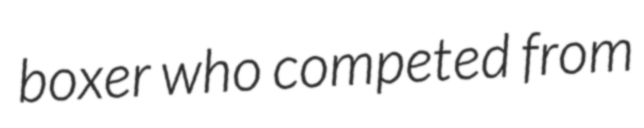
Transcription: boxer who competed from